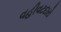
વહીવટદારો